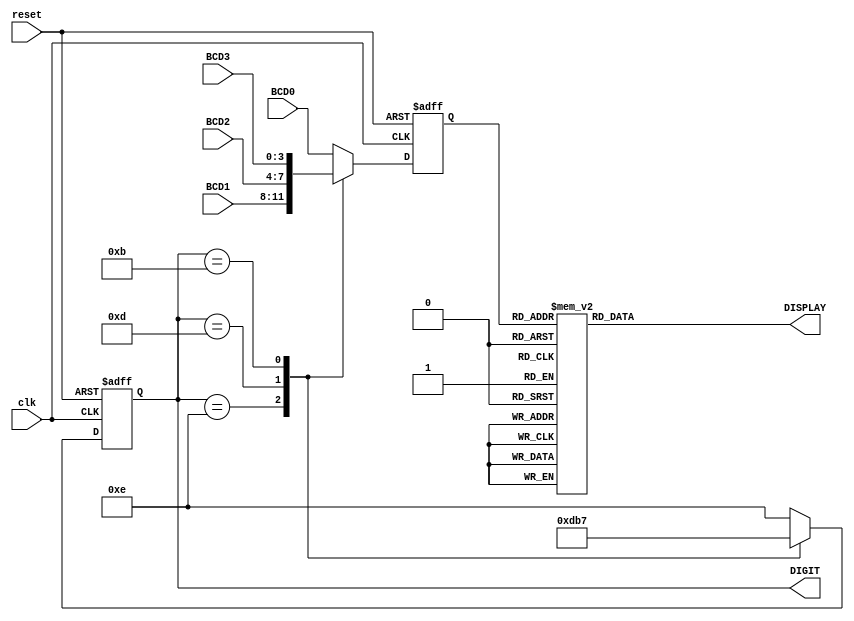
`timescale 1ns / 1ps


module seven_segment(clk, reset, BCD3, BCD2, BCD1, BCD0, DIGIT, DISPLAY);
    input clk, reset;
    input [3:0] BCD0, BCD1, BCD2, BCD3;
    output reg [3:0] DIGIT;
    output reg [6:0] DISPLAY;
    reg [3:0] value;

    always @(posedge clk or posedge reset) begin
        if (reset) begin
            value = 4'd10;
            DIGIT = 4'b0;
        end
        else begin
            case (DIGIT)
                4'b1110: begin
                    value = BCD1;
                    DIGIT = 4'b1101;
                end
                4'b1101: begin
                    value = BCD2;
                    DIGIT = 4'b1011;
                end
                4'b1011: begin
                    value = BCD3;
                    DIGIT = 4'b0111;
                end
                4'b0111: begin
                    value = BCD0;
                    DIGIT = 4'b1110;
                end
                default: begin
                    value = BCD0;
                    DIGIT = 4'b1110;
                end
          endcase
        end
    end

    always @(* )begin
        case (value)
            4'd0: DISPLAY = 7'b0000001;
            4'd1: DISPLAY = 7'b0110001; // C
            4'd2: DISPLAY = 7'b1000010; // D
            4'd3: DISPLAY = 7'b0110000; // E
            4'd4: DISPLAY = 7'b0111000; // F
            4'd5: DISPLAY = 7'b0100001; // G
            4'd6: DISPLAY = 7'b0001000; // A
            4'd7: DISPLAY = 7'b1100000; // b
            4'd8: DISPLAY = 7'b0000000;
            4'd9: DISPLAY = 7'b0000100;
            4'd10: DISPLAY = 7'b1111110; // '-'
            default: DISPLAY = 7'b1111111;
        endcase
   end
endmodule